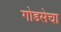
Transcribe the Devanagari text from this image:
गोडसेचा